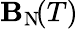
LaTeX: \mathbf{B}_{\mathrm{{N}}}\! (T)